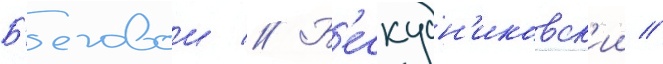
Б'еговои // Б'ескудн'иковск'ии //